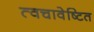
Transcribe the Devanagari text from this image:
त्वचावेष्टित